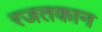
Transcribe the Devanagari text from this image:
रजतकान